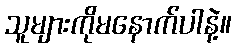
သူများကိုမနောက်ပါနဲ့။